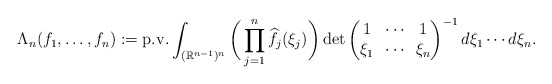
\begin{align*}\Lambda_n(f_1,\dots,f_n) :=\textup{p.v.} \int_{(\mathbb{R}^{n-1})^n} \bigg(\prod_{j=1}^n\widehat{f_j}(\xi_j )\bigg)\det\begin{pmatrix}1 & \!\cdots\! & 1\\ \xi_1 & \!\cdots\! & \xi_n \end{pmatrix}^{-1} d\xi_1\cdots d\xi_n.\end{align*}